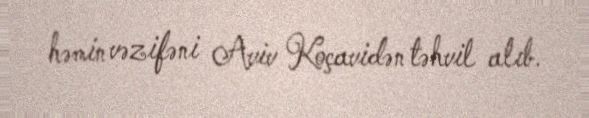
həmin vəzifəni Aviv Koçavidən təhvil alıb.